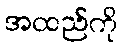
အထည်ကို